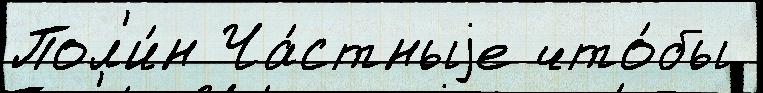
Пол'и́н Ча́стныjе что́бы